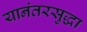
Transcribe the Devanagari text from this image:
यानंतरसुद्धा